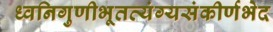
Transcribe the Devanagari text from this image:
ध्वनिगुणीभूतव्यंग्यसंकीर्णभेद